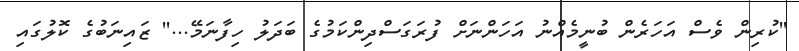
''ކުރިން ވެސް އަހަރެން ބުނީމެއްނު އަހަންނަށް ފުރަގަސްދިންކަމުގެ ބަދަލު ހިފާނަމޭ...'' ޒައިނަބުގެ ކޮލުގައި